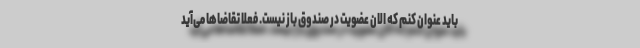
باید عنوان کنم که الان عضویت در صندوق باز نیست. فعلا تقاضاها می‌آید